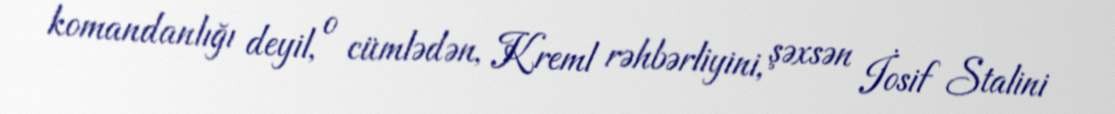
komandanlığı deyil, o cümlədən, Kreml rəhbərliyini, şəxsən İosif Stalini